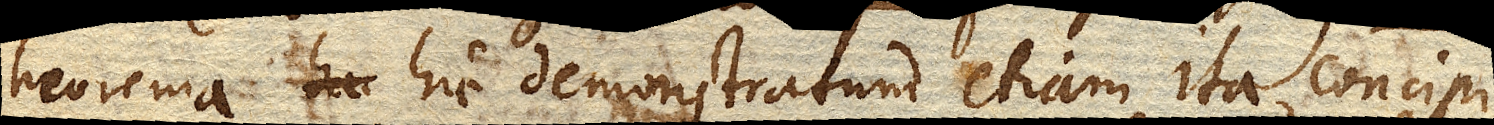
Theorema hic demonstratum etiam ita concipi